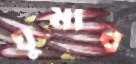
ঘুমাব